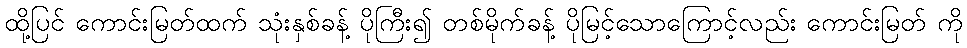
ထို့ပြင် ကောင်းမြတ်ထက် သုံးနှစ်ခန့် ပိုကြီး၍ တစ်မိုက်ခန့် ပိုမြင့်သောကြောင့်လည်း ကောင်းမြတ် ကို